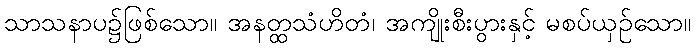
သာသနာပ၌ဖြစ်သော။ အနတ္ထသံဟိတံ၊ အကျိုးစီးပွားနှင့် မစပ်ယှဉ်သော။